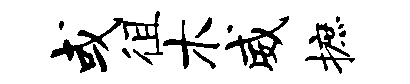
或徂木威摭